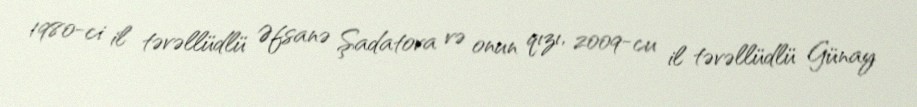
1980-ci il təvəllüdlü Əfsanə Şadatova və onun qızı, 2009-cu il təvəllüdlü Günay